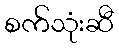
စက်သုံးဆီ